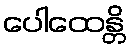
ပေါထေန္တိ